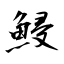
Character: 鮼